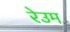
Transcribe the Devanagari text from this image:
रेउम